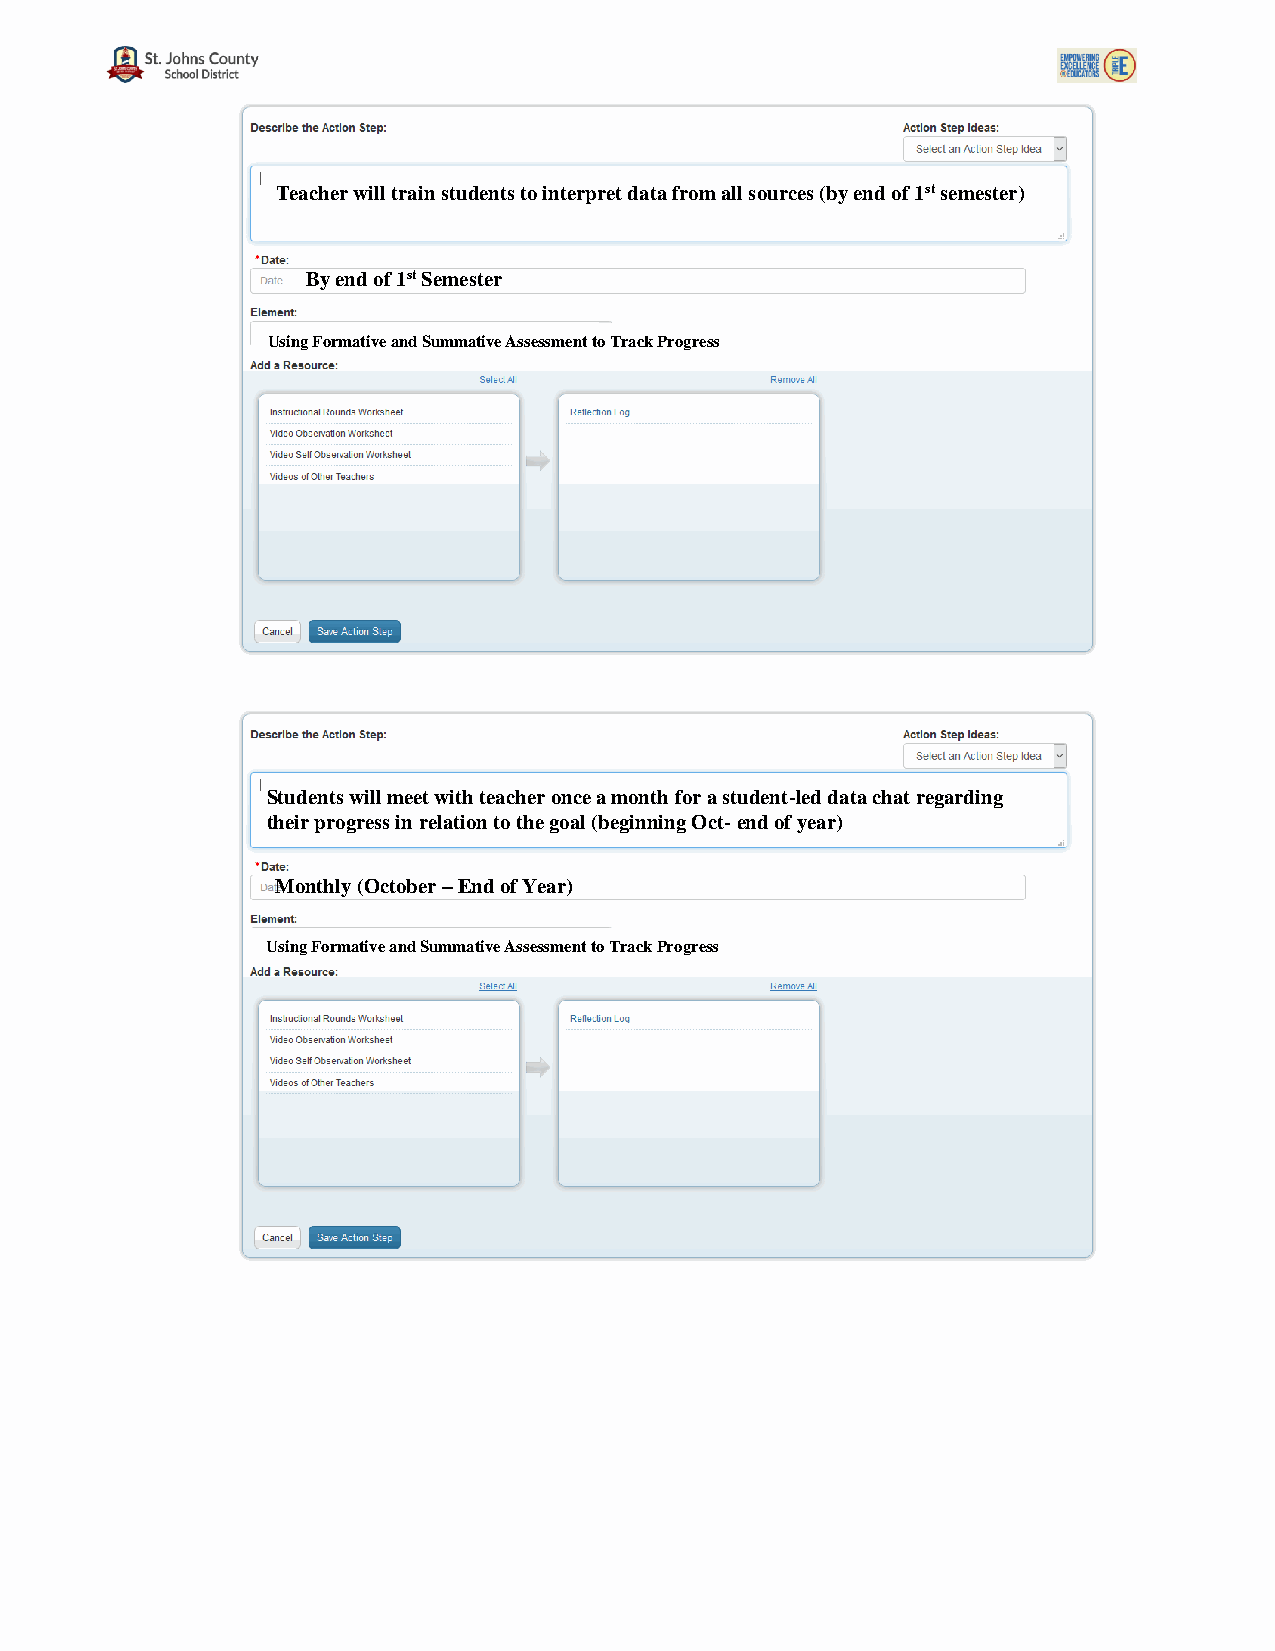
Teacher will train students to interpret data from all sources (by end of 1st semester)
 By end of 1st Semester
 Using Formative and Summative Assessment to Track Progress
 Students will meet with teacher once a month for a student-led data chat regarding
 their progress in relation to the goal (beginning Oct- end of year)
 Monthly (October – End of Year)
 Using Formative and Summative Assessment to Track Progress